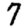
Digit: 7